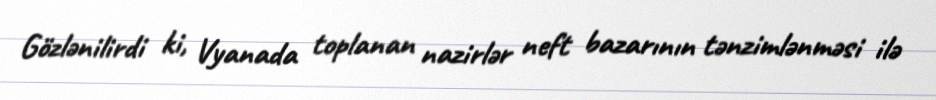
Gözlənilirdi ki, Vyanada toplanan nazirlər neft bazarının tənzimlənməsi ilə